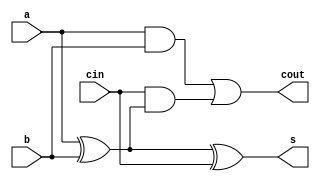
module Adder1Bit ( /*!\tikzmark{fa_moddefstart}!*/
    // Declare input and output ports
    input  a,
    input  b,
    input  cin,
    output cout,
    output s
);  /*!\tikzmark{fa_moddefend}!*/
    // Declare several single-bit wires that we can  /*!\tikzmark{fa_startwire}!*/
    // use to interconnect the gates.
    wire link1,link2,link3;  /*!\tikzmark{fa_endwire}!*/
    // Instantiate gates to calculate sum output  /*!\tikzmark{fa_startprim}!*/
    xor(link1,a,b);
    xor(s,link1,cin);
    // Instantiate gates to calculate carry (cout) output /*!\tikzmark{fa_codeedge}!*/
    and(link2,a,b);
    and(link3,cin,link1);
    or (cout,link2,link3);  /*!\tikzmark{fa_endprim}!*/
/*!\tikzmark{fa_endmodstart}!*/
endmodule // End of module /*!\tikzmark{fa_endmodend}!*/